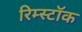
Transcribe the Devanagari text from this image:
रिम्स्टॉक